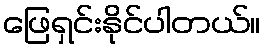
ဖြေရှင်းနိုင်ပါတယ်။